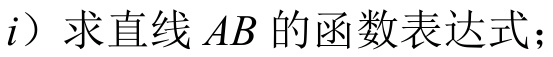
i）求直线 \(AB\) 的函数表达式；